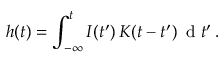
h ( t ) = \int _ { - \infty } ^ { t } I ( t ^ { \prime } ) \, K ( t - t ^ { \prime } ) \, \mathrm { ~ d ~ } t ^ { \prime } \, .